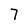
Character: 7